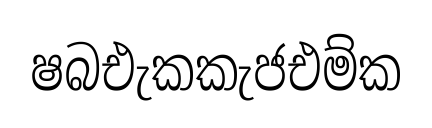
ෂබඑැකකැජඑම්ක